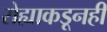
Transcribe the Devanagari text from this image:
रोह्याकडूनही